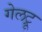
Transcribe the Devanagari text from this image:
गेलट्रू